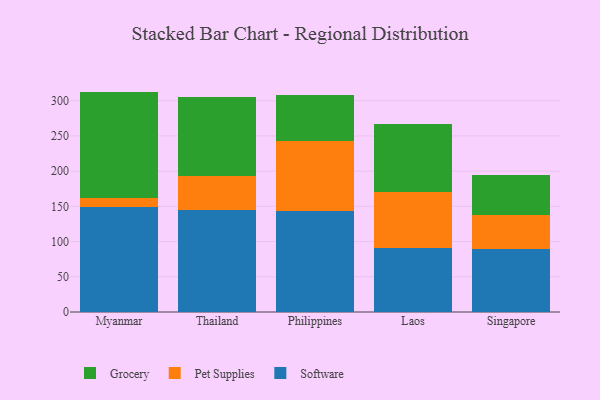
{"axis": {"x": "Country", "y": "Latency (ms)"}, "legend": ["Grocery", "Pet Supplies", "Software"], "data": [{"x": "Myanmar", "y": 149.0, "type": "Software"}, {"x": "Myanmar", "y": 13.3, "type": "Pet Supplies"}, {"x": "Myanmar", "y": 150.7, "type": "Grocery"}, {"x": "Thailand", "y": 144.2, "type": "Software"}, {"x": "Thailand", "y": 48.4, "type": "Pet Supplies"}, {"x": "Thailand", "y": 112.2, "type": "Grocery"}, {"x": "Philippines", "y": 143.6, "type": "Software"}, {"x": "Philippines", "y": 99.6, "type": "Pet Supplies"}, {"x": "Philippines", "y": 64.7, "type": "Grocery"}, {"x": "Laos", "y": 91.3, "type": "Software"}, {"x": "Laos", "y": 79.1, "type": "Pet Supplies"}, {"x": "Laos", "y": 96.8, "type": "Grocery"}, {"x": "Singapore", "y": 89.7, "type": "Software"}, {"x": "Singapore", "y": 47.6, "type": "Pet Supplies"}, {"x": "Singapore", "y": 57.9, "type": "Grocery"}]}